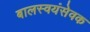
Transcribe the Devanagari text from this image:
बालस्वयंसेवक